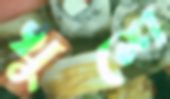
খুশে